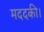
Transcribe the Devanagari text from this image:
मददकी।